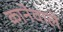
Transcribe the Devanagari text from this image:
कानेवाले